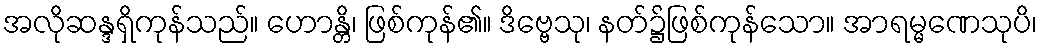
အလိုဆန္ဒရှိကုန်သည်။ ဟောန္တိ၊ ဖြစ်ကုန်၏။ ဒိဗ္ဗေသု၊ နတ်၌ဖြစ်ကုန်သော။ အာရမ္မဏေသုပိ၊